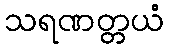
သရဏတ္တယံ